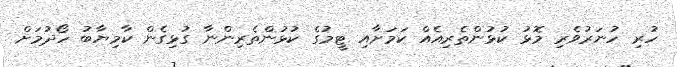
ހުރި ހުނަރުވެރި މޮޅު ކުޅުންތެރިއެއް ކަމަށާއި ޓީމުގެ ކުޅުންތެރިންނާ ގުޅިގެން ކާމިޔާބު ހޯދުމަށް